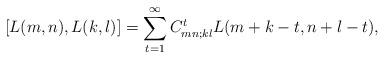
LaTeX: \begin{align*}\left[ L(m,n),L(k,l)\right] =\sum_{t=1}^{\infty }C_{mn;kl}^{t}L(m+k-t,n+l-t),\end{align*}